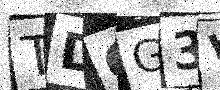
Text: TDGG3V